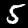
Label: 5